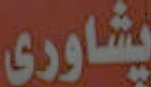
پشاوری